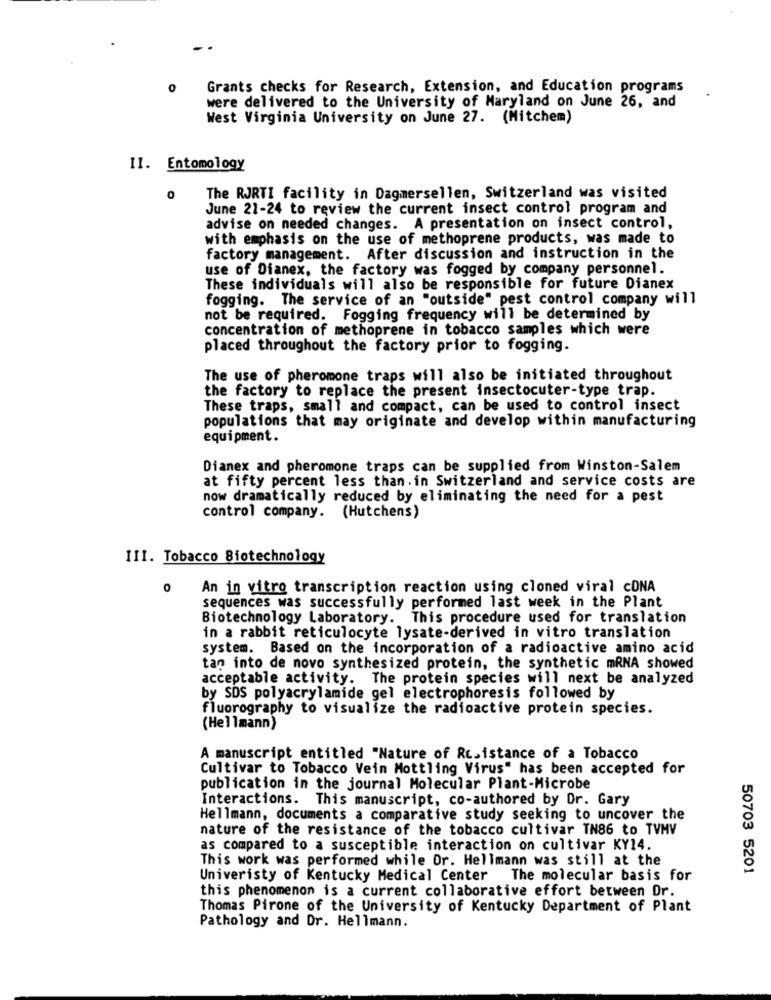
0
Grants checks for Research, Extension, and Education programs
were delivered to the University of Maryland on June 26, and
West Virginia University on June 27. (Mitchem)
II. Entomology
0
The RJRTI facility in Dagmersellen, Switzerland was visited
June 21-24 to review the current insect control program and
advise on needed changes. A presentation on insect control,
with emphasis on the use of methoprene products, was made to
factory management. After discussion and instruction in the
use of Dianex, the factory was fogged by company personnel.
These individuals will also be responsible for future Dianex
fogging. The service of an "outside" pest control company will
not be required. Fogging frequency will be determined by
concentration of methoprene in tobacco samples which were
placed throughout the factory prior to fogging.
The use of pheromone traps will also be initiated throughout
the factory to replace the present insectocuter-type trap.
These traps, small and compact, can be used to control insect
populations that may originate and develop within manufacturing
equipment.
Dianex and pheromone traps can be supplied from Winston-Salem
at fifty percent less than. in Switzerland and service costs are
now dramatically reduced by eliminating the need for a pest
control company. (Hutchens)
III. Tobacco Biotechnology
0
An in vitro transcription reaction using cloned viral coNA
sequences was successfully performed last week in the Plant
Biotechnology Laboratory. This procedure used for translation
in a rabbit reticulocyte lysate-derived in vitro translation
system. Based on the incorporation of a radioactive amino acid
tan into de novo synthesized protein, the synthetic mRNA showed
acceptable activity. The protein species will next be analyzed
by SDS polyacrylamide gel electrophoresis followed by
fluorography to visualize the radioactive protein species.
(Hellmann)
A manuscript entitled "Nature of Resistance of a Tobacco
Cultivar to Tobacco Vein Mottling Virus" has been accepted for
publication in the journal Molecular Plant-Microbe
Interactions. This manuscript, co-authored by Dr. Gary
Hellmann, documents a comparative study seeking to uncover the
nature of the resistance of the tobacco cultivar IN86 to TVHV
as compared to a susceptible interaction on cultivar KY14.
This work was performed while Or. Hellmann was still at the
50703 5201
Univeristy of Kentucky Medical Center The molecular basis for
this phenomenon is a current collaborative effort between Dr.
Thomas Pirone of the University of Kentucky Department of Plant
Pathology and Dr. Hellmann.